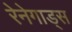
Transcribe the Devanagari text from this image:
रेनेगाड्स